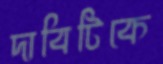
দাবিটিকে